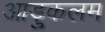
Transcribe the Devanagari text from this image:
आड़ुकलम